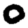
Digit: 0